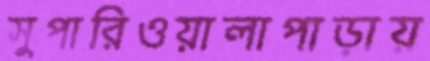
সুপারিওয়ালাপাড়ায়